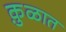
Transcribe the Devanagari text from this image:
कु़ळात